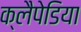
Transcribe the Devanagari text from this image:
क्लैपेडिया